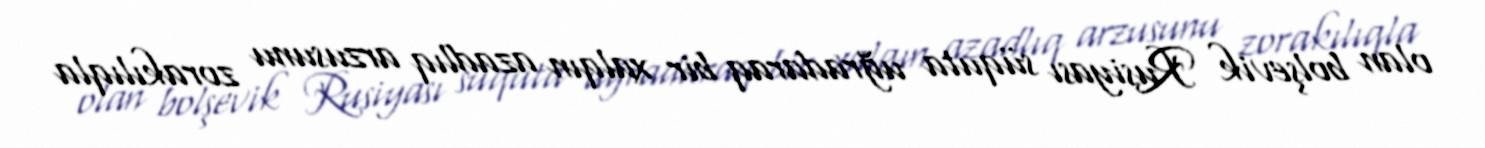
olan bolşevik Rusiyası süquta uğradaraq bir xalqın azadlıq arzusunu zorakılıqla